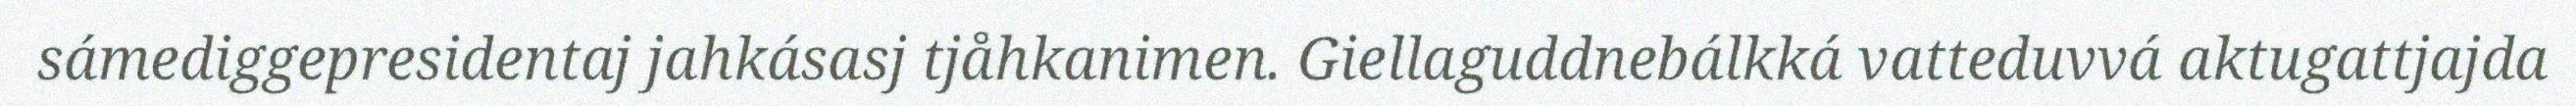
sámediggepresidentaj jahkásasj tjåhkanimen. Giellaguddnebálkká vatteduvvá aktugattjajda